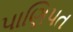
પાણિપત